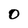
Character: 0